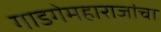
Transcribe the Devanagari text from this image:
गाडगेमहाराजांचा